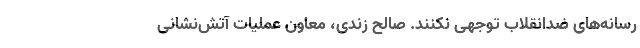
رسانه‌های ضدانقلاب توجهی نکنند. صالح زندی، معاون عملیات آتش‌نشانی